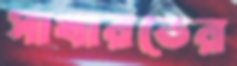
সাখারভের